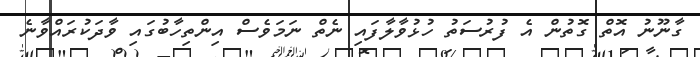
ގާނޫނު އޮތް ގޮތުން އެ ފުރުސަތު ހުޅުވާލާފައި ނެތް ނަމަވެސް އިންތިހާބުގައި ވާދަކުރައްވާނެ